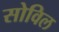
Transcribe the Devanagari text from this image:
सोविल